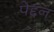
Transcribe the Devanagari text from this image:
पेद्दन